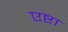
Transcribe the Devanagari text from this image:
एष्टा